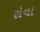
રોવા